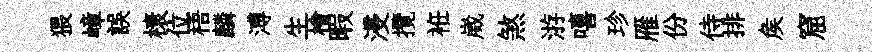
猥嶂誤榱位梧麟溥生檜暇浸攬袵崴煞㳺嘻珍雁份侍排矦窟